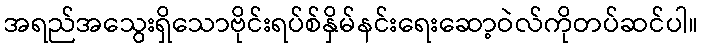
အရည်အသွေးရှိသောဗိုင်းရပ်စ်နှိမ်နင်းရေးဆော့ဝဲလ်ကိုတပ်ဆင်ပါ။